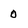
Character: 0